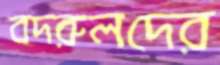
বদরুলদের